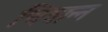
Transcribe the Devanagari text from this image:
चित्रान्न